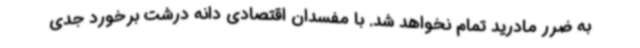
به ضرر مادرید تمام نخواهد شد. با مفسدان اقتصادی دانه درشت برخورد جدی